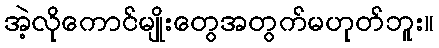
အဲ့လိုကောင်မျိုးတွေအတွက်မဟုတ်ဘူး။